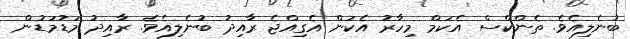
ބުނެލިއެވެ. ތެންކްސް އެކަމް މިހާރު އެކަން އެގިއްޖެ ރާއިދު ބުނެލިއެވެ. ރާއިދު މަޑުމަޑުން